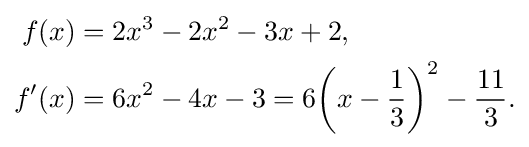
{\begin{aligned}f(x)&=2x^{3}-2x^{2}-3x+2,\\f'(x)&=6x^{2}-4x-3=6{\bigg (}x-{\frac {1}{3}}{\bigg )}^{2}-{\frac {11}{3}}.\end{aligned}}